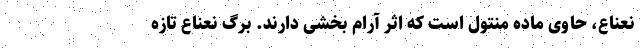
نعناع، حاوی ماده منتول است که اثر آرام بخشی دارند. برگ نعناع تازه